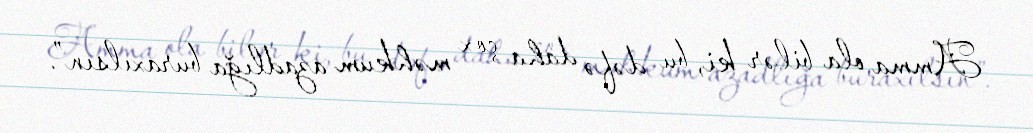
Amma ola bilər ki, bu dəfə daha çox məhkum azadlığa buraxılsın”.